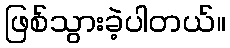
ဖြစ်သွားခဲ့ပါတယ်။